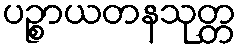
ပဉ္စာယတနသုတ္တ